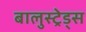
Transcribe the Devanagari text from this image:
बालुस्‍ट्रेड्स